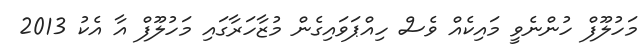
މަހުލޫފް ހުންނެވީ މައިކެއް ވެސް ހިއްޕަވައިގެން މުޒާހަރާގައި މަހުލޫފް އާ އެކު 2013